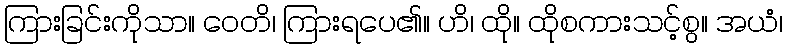
ကြားခြင်းကိုသာ။ ဝေတိ၊ ကြားရပေ၏။ ဟိ၊ ထို။ ထိုစကားသင့်စွ။ အယံ၊